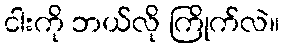
ငါးကို ဘယ်လို ကြိုက်လဲ။